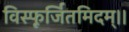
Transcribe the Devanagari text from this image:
विस्फूर्जितमिदम्।।